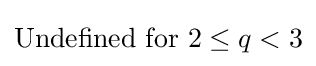
{\text{Undefined for }}2\leq q<3